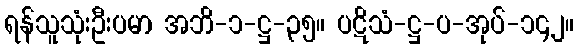
ရန်သူသုံးဦးပမာ အဘိ-၁-ဋ္ဌ-၃၅။ ပဋိသံ-ဋ္ဌ-ပ-အုပ်-၁၄၂။